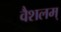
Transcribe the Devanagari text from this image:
वैशलम्